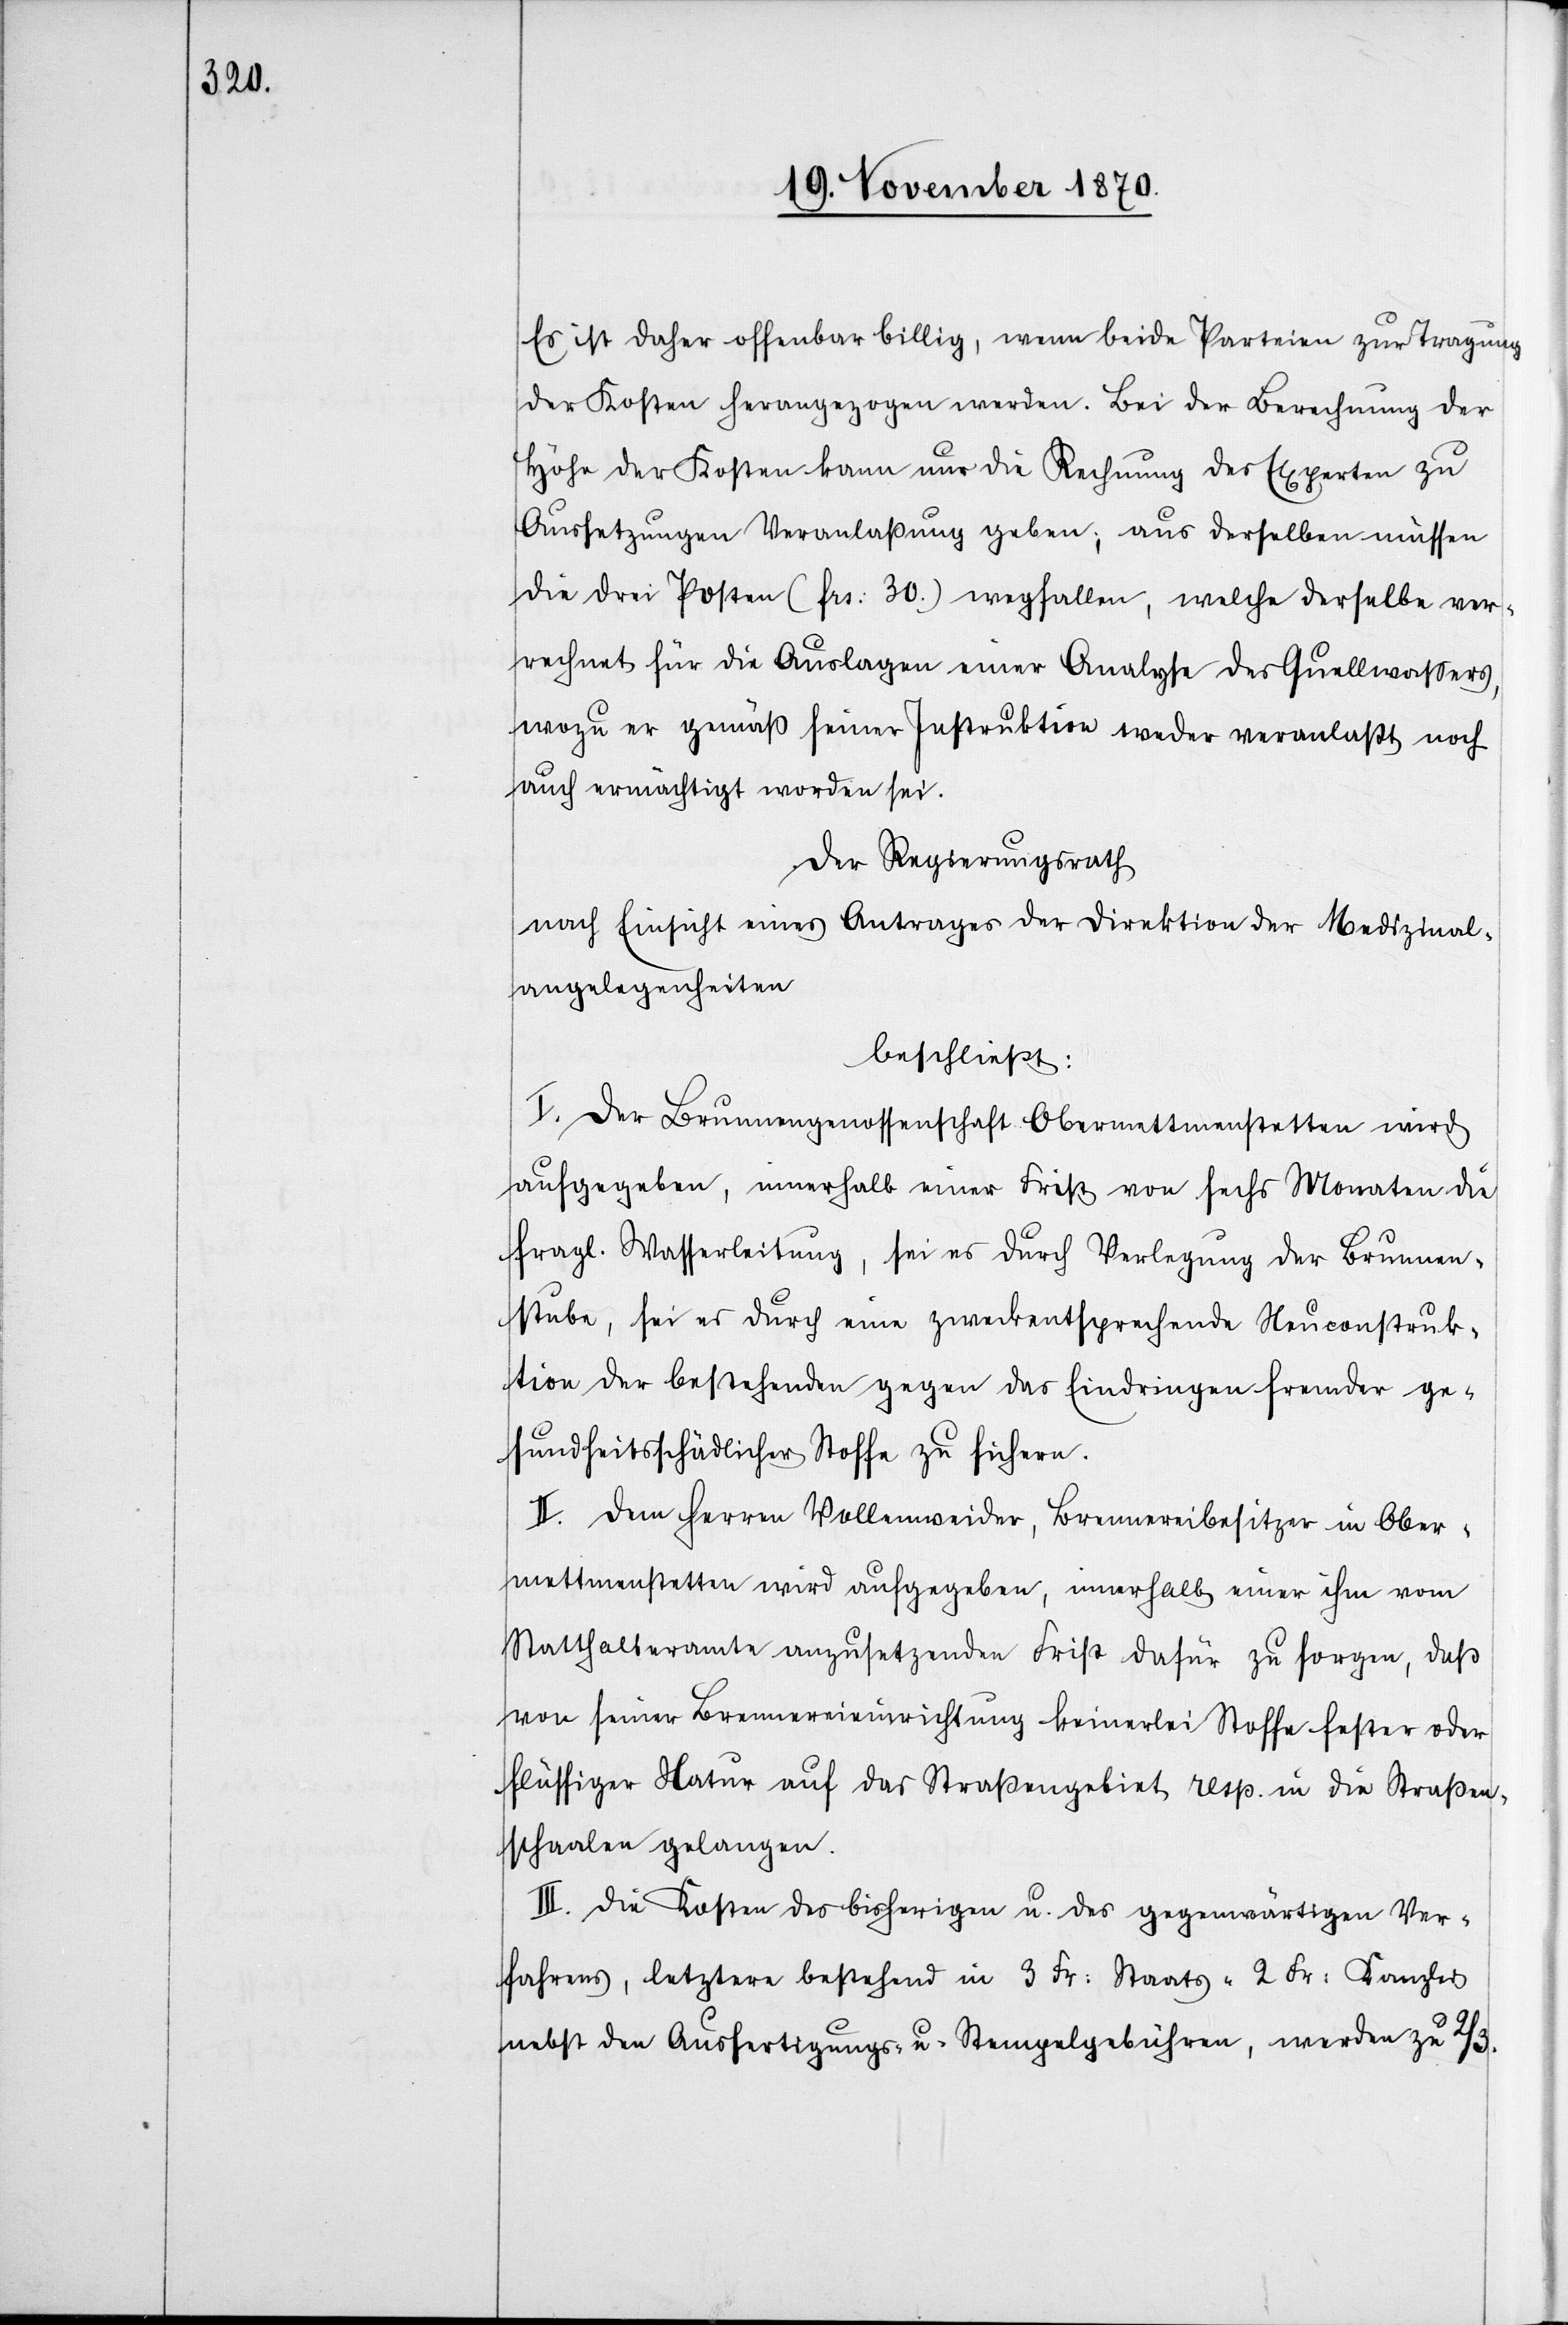
Es ist daher offenbar billig, wenn beide Parteien zur Tragung
der Kosten herangezogen werden. Bei der Berechnung der
Höhe der Kosten kann nur die Rechnung des Experten zu
Aussetzungen Veranlaßung geben, aus derselben müssen
die drei Posten (Frs: 30) wegfallen, welche derselbe ver¬
rechnet für die Auslagen einer Analyse des Quellwassers,
wozu er gemäß seiner Instruktion weder veranlaßt noch
auch ermächtigt worden sei.
Der Regierungsrath
nach Einsicht eines Antrages der Direktion der Medizinal¬
angelegenheiten
beschließt:
I. Der Brunnengenossenschaft Obermettmenstetten wird
aufgegeben, innerhalb einer Frist von sechs Monaten die
fragl. Wasserleitung, sei es durch Verlegung der Brunnen¬
stube, sei es durch eine zweckentsprechende Neuconstruk¬
tion der bestehenden gegen das Eindringen fremder ge¬
sundheitsschädlicher Stoffe zu sichern.
II. Dem Herren Vollenweider, Brennereibesitzer in Ober¬
mettmenstetten wird aufgegeben, innerhalb einer ihm vom
Statthalteramte anzusetzenden Frist dafür zu sorgen, daß
von seiner Brennereieinrichtung keinerlei Stoffe fester oder
flüssiger Natur auf das Straßengebiet resp. in die Straßen¬
schaale gelangen.
III. Die Kosten des bisherigen u. des gegenwärtigen Ver¬
fahrens, letztere bestehend in 3 Fr: Staats-[,] 2 Fr: Kanzlei[-]
nebst den Ausfertigungs- u. Stempelgebühren, werden zu 2/3.